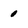
Character: 0